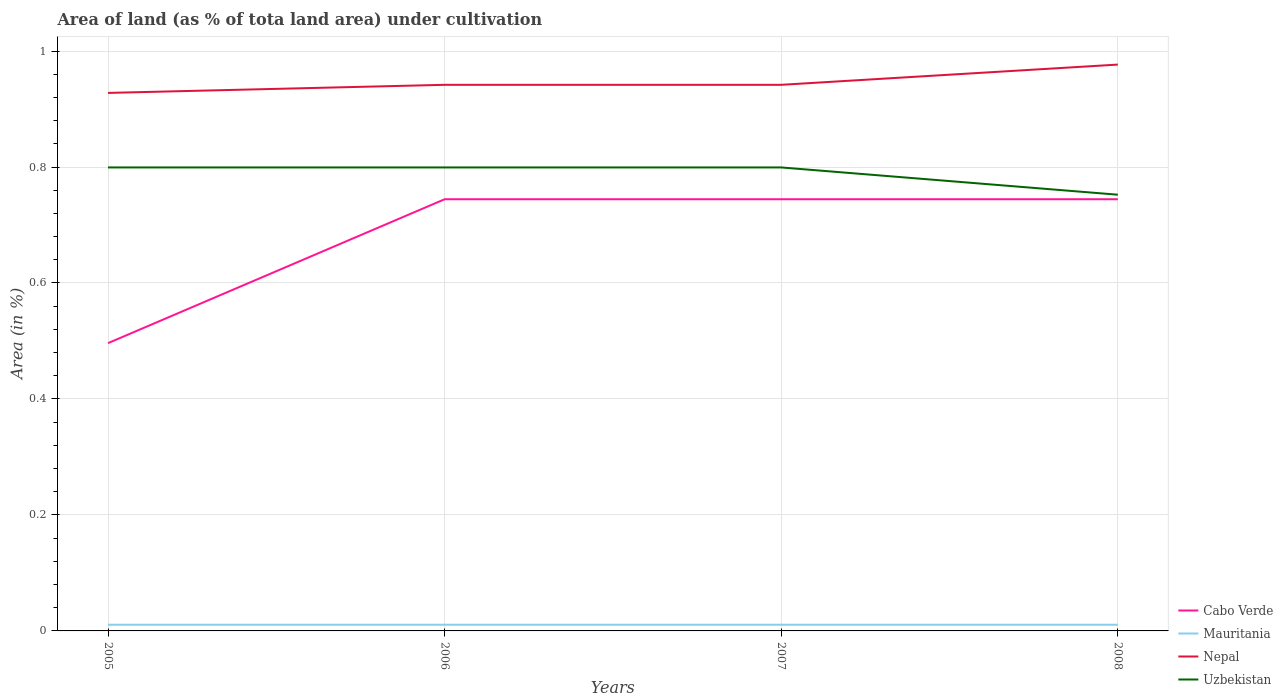
| Years | Cabo Verde | Mauritania | Nepal | Uzbekistan |
 | --- | --- | --- | --- | --- |
 | 2005 | 0.496 | 0.0107 | 0.928 | 0.799 |
 | 2006 | 0.744 | 0.0107 | 0.942 | 0.799 |
 | 2007 | 0.744 | 0.0107 | 0.942 | 0.799 |
 | 2008 | 0.744 | 0.0107 | 0.977 | 0.752 |